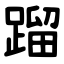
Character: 蹓